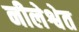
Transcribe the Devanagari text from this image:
नीलेश्वेत